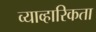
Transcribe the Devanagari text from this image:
व्याव्हारिकता